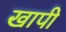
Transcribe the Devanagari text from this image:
खापी